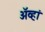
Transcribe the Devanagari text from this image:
ॲव्हां